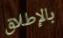
بالإطلاق